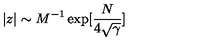
| z | \sim M ^ { - 1 } \exp [ \frac { N } { 4 \sqrt \gamma } ]